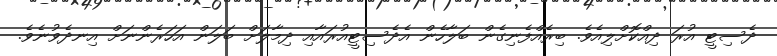
ދެސިޓީ އުރަ ދިއްކޮށްލިއެވެ. ބިރެއްފެނިގެން ބަލާހެން އެދެސިޓީއުރައާއި ދިމާލަށް ބަލަން އަހަރެންނަށް އިނދެވުނެވެ.